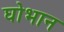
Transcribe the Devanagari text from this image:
घोभान